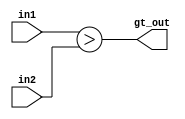
module greater_than_for_flags #(parameter WIDTH = 32) (in1, in2, gt_out);

input [WIDTH-1:0] in1, in2;
output            gt_out;

assign gt_out = (({1'b0,in1}) > ({1'b0,in2}));

endmodule